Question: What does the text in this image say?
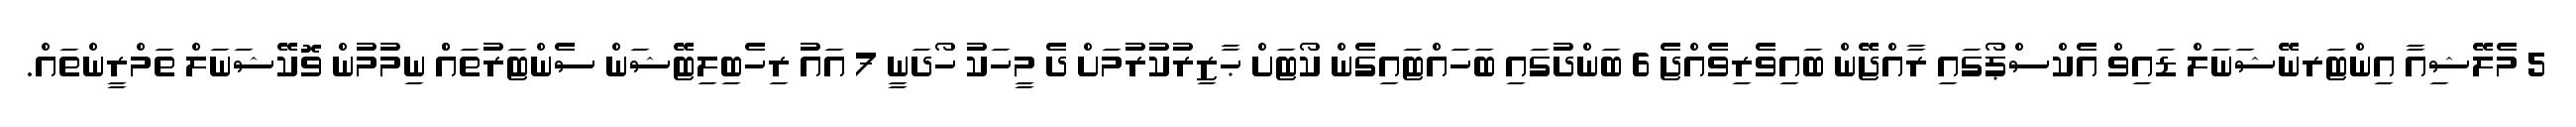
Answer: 5 މެލޭޝިއާ އިންޓަރނޭޝަނަލް ޑައިވް އެކްސްޕޯގައި ރާއްޖޭން ބައިވެރިވެއްޖެ 6 ބަންދުގައި ބަހައްޓައިގެން ކޯޓަށް ޙާޒިރުކުރުމަށް ދެ މީހަކު ހޯދަނީ 7 އައު ރިހެބިލިޓޭޝަން ސެންޓަރުތައްް ނިމުމުން ވޮކޭޝަނަލް ތަމްރީންތައް.